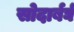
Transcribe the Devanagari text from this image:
सोदार्बर्घ